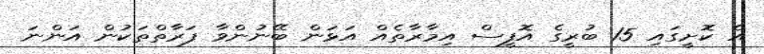
އެ ކޮށީގައި 15 ބުރީގެ އޮފީސް އިމާރާތެއް އަޅަން ބޭނުންވާ ފަރާތްތަކުން އަންނަ